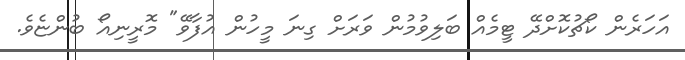
އަހަރެން ކޯޗުކޮށްދޭ ޓީމެއް ބަލިވުމުން ވަރަށް ގިނަ މީހުން އުފާވޭ" މޮރީނިއޯ ބުންޏެވެ.